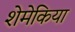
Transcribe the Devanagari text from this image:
शेमेकिया